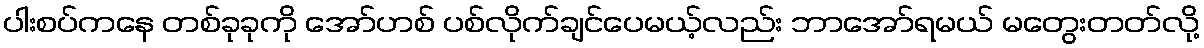
ပါးစပ်ကနေ တစ်ခုခုကို အော်ဟစ် ပစ်လိုက်ချင်ပေမယ့်လည်း ဘာအော်ရမယ် မတွေးတတ်လို့